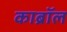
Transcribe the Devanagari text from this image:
काब्रॉल